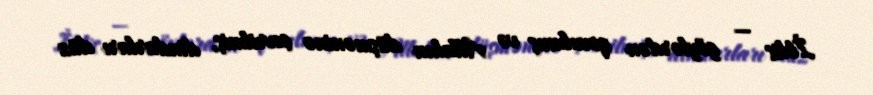
İblis — göylərdən qovulmuş və Allahın düşməninə çevrilmiş, dindarları düz